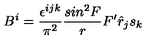
B ^ { i } = \frac { \epsilon ^ { i j k } } { \pi ^ { 2 } } \frac { s i n ^ { 2 } F } { r } F ^ { \prime } { \hat { r } } _ { j } s _ { k }